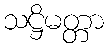
သဋ္ဌိမတ္တာ